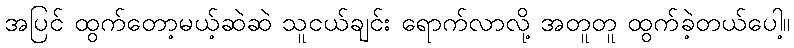
အပြင် ထွက်တော့မယ့်ဆဲဆဲ သူငယ်ချင်း ရောက်လာလို့ အတူတူ ထွက်ခဲ့တယ်ပေါ့။